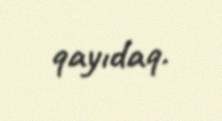
qayıdaq.